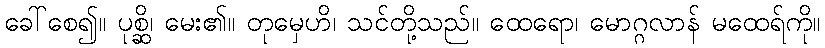
ခေါ်စေ၍။ ပုစ္ဆိ၊ မေး၏။ တုမှေဟိ၊ သင်တို့သည်။ ထေရော၊ မောဂ္ဂလာန် မထေရ်ကို။